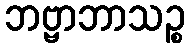
ဘဗ္ဗာဘာသဉ္စ